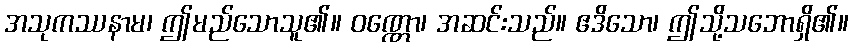
အသုကဿနာမ၊ ဤမည်သောသူ၏။ ဝဏ္ဏော၊ အဆင်းသည်။ ဧဒိသော၊ ဤသို့သဘောရှိ၏။